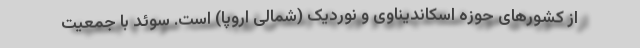
از کشورهای حوزه اسکاندیناوی و نوردیک (شمالی اروپا) است. سوئد با جمعیت